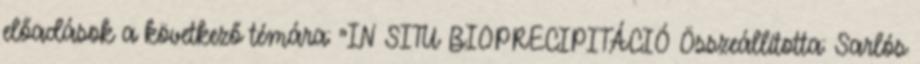
előadások a következő témára: "IN SITU BIOPRECIPITÁCIÓ Összeállította: Sarlós